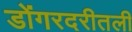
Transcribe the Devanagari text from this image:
डोंगरदरीतली